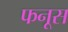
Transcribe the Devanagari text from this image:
फनूस